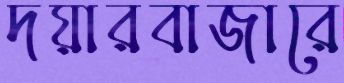
দয়ারবাজারে